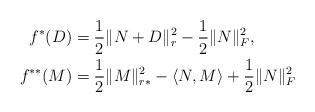
LaTeX: \begin{align*} f^\ast(D) &= \frac{1}{2}\|N+D\|_r^2 - \frac{1}{2}\| N \|_F^2, \\f^{\ast \ast} (M) &= \frac{1}{2}\|M\|_{r\ast}^2 - \langle N,M \rangle + \frac{1}{2}\|N\|_F^2 \end{align*}